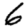
Digit: 6